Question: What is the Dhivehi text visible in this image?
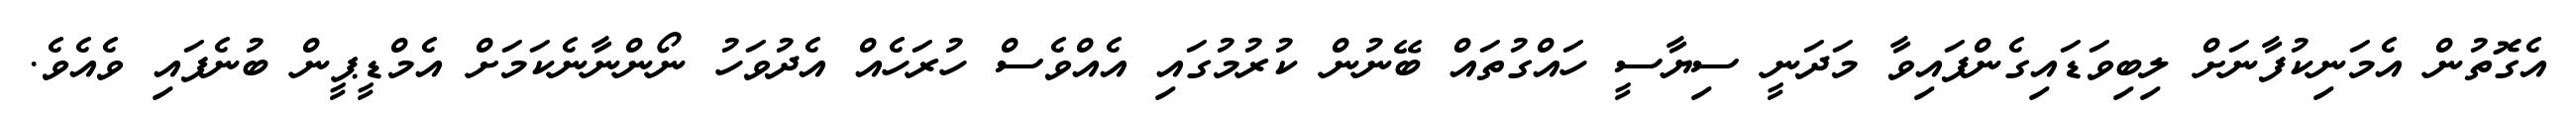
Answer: އެގޮތުން އެމަނިކުފާނަށް ލިބިވަޑައިގެންފައިވާ މަދަނީ ސިޔާސީ ހައްގުތައް ބޭނުން ކުރުމުގައި އެއްވެސް ހުރަހެއް އެދުވަހު ނޯންނާނެކަމަށް އެމްޑީޕީން ބުނެފައި ވެއެވެ.